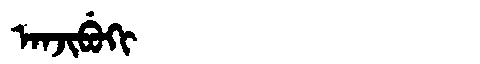
Manchu: ᠠᠨᠵᡳᠪᡠᡴᡳ
Romanization: ANJIBUKI